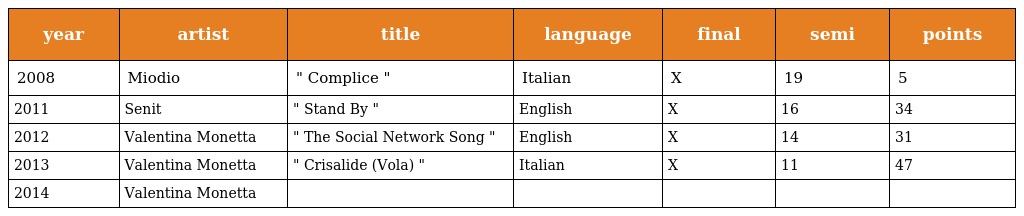
| year | artist | title | language | final | semi | points |
 | --- | --- | --- | --- | --- | --- | --- |
 | 2008 | Miodio | " Complice " | Italian | X | 19 | 5 |
 | 2011 | Senit | " Stand By " | English | X | 16 | 34 |
 | 2012 | Valentina Monetta | " The Social Network Song " | English | X | 14 | 31 |
 | 2013 | Valentina Monetta | " Crisalide (Vola) " | Italian | X | 11 | 47 |
 | 2014 | Valentina Monetta |  |  |  |  |  |